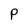
Character: P